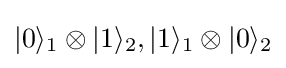
|0\rangle _{1}\otimes |1\rangle _{2},|1\rangle _{1}\otimes |0\rangle _{2}